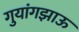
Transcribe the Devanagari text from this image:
गुयांगझाऊ